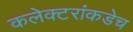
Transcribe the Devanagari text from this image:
कलेक्टरांकडेच